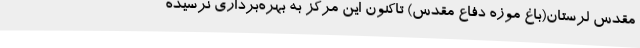
مقدس لرستان(باغ موزه دفاع مقدس) تاکنون این مرکز به بهره‌برداری نرسیده